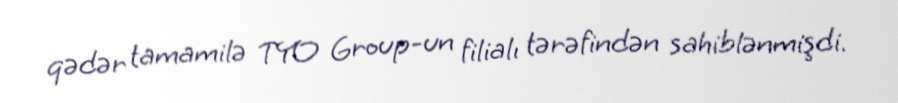
qədər tamamilə TYO Group-un filialı tərəfindən sahiblənmişdi.